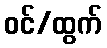
ဝင်/ထွက်